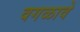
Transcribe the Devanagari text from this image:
वगळावे